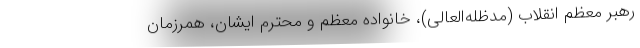
رهبر معظم انقلاب (مدظله‌العالی)، خانواده معظم و محترم ایشان، همرزمان